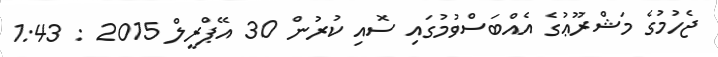
ޖެހުމުގެ މަޝްރޫޢުގެ އެއްބަސްވުމުގައި ސޮއި ކުރުން 30 އޭޕްރީލް 2015 : 1:43